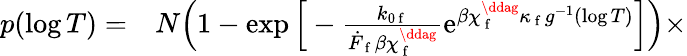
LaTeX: \begin{array}{rl}{p(\log T)=}&{{}N\Big(1-\exp\Big[-\frac{k_{0\mathrm{~f~}}}{\dot{F}_{\mathrm{~f~}}\beta\chi_{\mathrm{~f~}}^{\ddag}}\mathrm{e}^{\beta\chi_{\mathrm{~f~}}^{\ddag}\kappa_{\mathrm{~f~}}g^{-1}(\log T)}\Big]\Big)\times}\end{array}